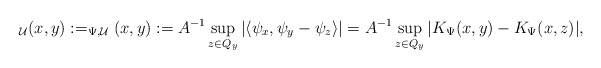
\begin{align*} _{\mathcal U}(x,y):= _{\Psi,\mathcal U}(x,y):= A^{-1}\sup_{z\in Q_y} |\langle \psi_x,\psi_y-\psi_z \rangle| = A^{-1}\sup_{z\in Q_y} |K_\Psi(x,y)-K_\Psi(x,z)|, \end{align*}